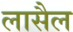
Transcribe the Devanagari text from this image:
लासैल